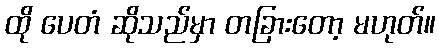
ထို ပေတံ ဆိုသည်မှာ တခြားတော့ မဟုတ်။